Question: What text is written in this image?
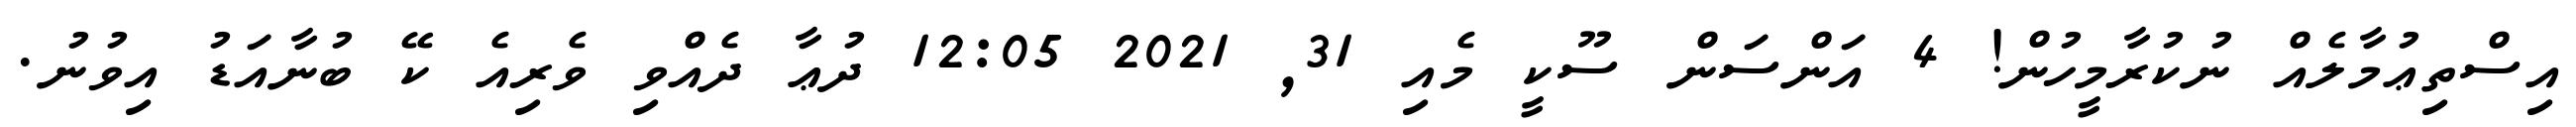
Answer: އިސްތިޢުމާލެއް ނުކުރާމީހުން! 4 އަންސަން ސޫކީ މެއި 31, 2021 12:05 ދުޢާ ދެއްވި ވެރިއެ ކޭ ބުނާއަޑު އިވުނު.